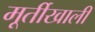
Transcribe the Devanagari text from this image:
मूर्तीखाली